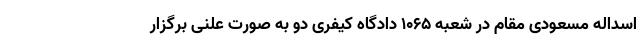
اسداله مسعودی مقام در شعبه ۱۰۶۵ دادگاه کیفری دو به صورت علنی برگزار